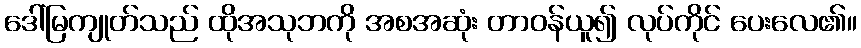
ဒေါ်မြကျုတ်သည် ထိုအသုဘကို အစအဆုံး တာဝန်ယူ၍ လုပ်ကိုင် ပေးလေ၏။